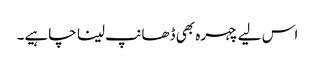
اس لیے چہرہ بھی ڈھانپ لینا چاہیے۔